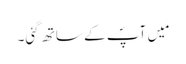
مَیں آپؐ کے ساتھ گئی۔